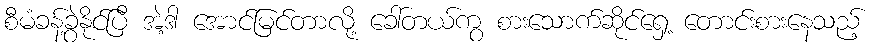
စီမံခန့်ခွဲနိုင်ပြီ အဲ့ဒါ အောင်မြင်တာလို့ ခေါ်တယ်ကွ စားသောက်ဆိုင်ရှေ့ တောင်းစားနေသည့်